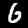
Label: 6